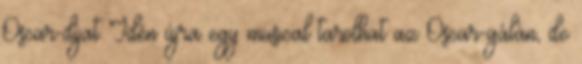
Oscar-díjat Idén újra egy musical tarolhat az Oscar-gálán, de